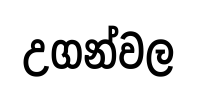
උගන්වල